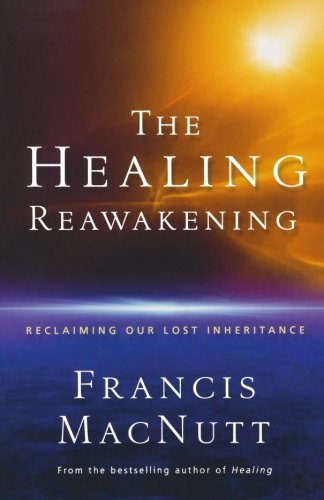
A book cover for The Healing Reawakening: Reclaiming Our Lost Inheritance; Francis MacNutt; Christian Books & Bibles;